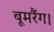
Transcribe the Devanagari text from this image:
बूमरैंग।